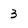
Character: 3